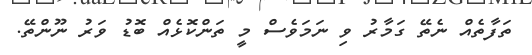
ތަފާތެއް ނެތޭ ގަމާރު ވި ނަމަވެސް މީ ތަންކޮޅެއް ބޮޑު ވަރު ނޫންތޭ.